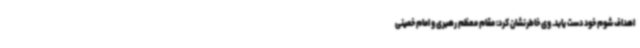
اهداف شوم خود دست یابد. وی خاطرنشان کرد: مقام معظم رهبری و امام خمینی